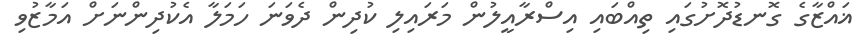
ޣައްޒާގެ ގޮނޑުދޮށުގައި ތިއްބައި އިސްރާއީލުން މަރައިލި ކުދިން ދެވަނަ ހަމަލާ އެކުދިންނަށް އަމާޒުވި